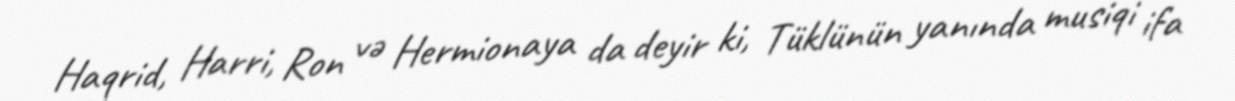
Haqrid, Harri, Ron və Hermionaya da deyir ki, Tüklünün yanında musiqi ifa